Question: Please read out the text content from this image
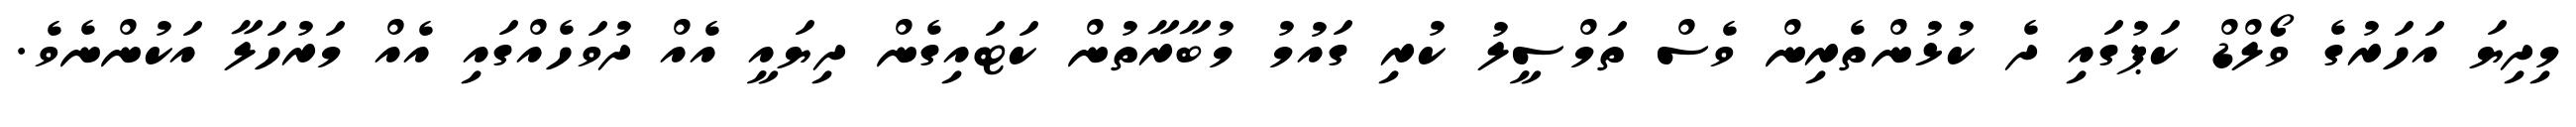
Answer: މިދިޔަ އަހަރުގެ ވޯލްޑް ކަޕުގައި ދެ ކުޅުންތެރިން ވެސް ތަމްސީލު ކުރި ގައުމު މުބާރާތުން ކަޓައިގެން ދިޔައީ އެއް ދުވަހެއްގައި އެއް މަރުހަލާ އަކުންނެވެ.